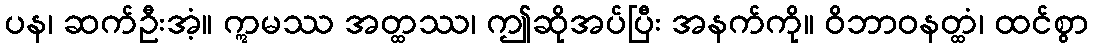
ပန၊ ဆက်ဦးအံ့။ ဣမဿ အတ္ထဿ၊ ဤဆိုအပ်ပြီး အနက်ကို။ ဝိဘာဝနတ္ထံ၊ ထင်စွာ